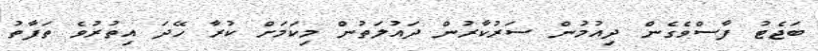
ބަޖެޓު ފާސްވެގެން ދިއުމުން ސަރުކާރުން ދައުލަތުން މިކަމަށް ކުރާ ހޭދަ އިތުރުވެ ތަފާތު